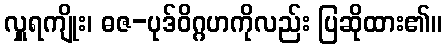
လှူရကျိုး၊ ဓဇ-ပုဒ်ဝိဂ္ဂဟကိုလည်း ပြဆိုထား၏။